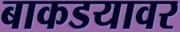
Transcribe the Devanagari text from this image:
बाकडयावर